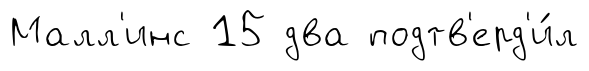
Малл'инс 15 два подтв'ерд'и́л